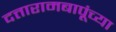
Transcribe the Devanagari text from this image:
दत्तारामबापूंच्या